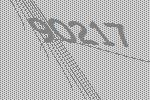
90217